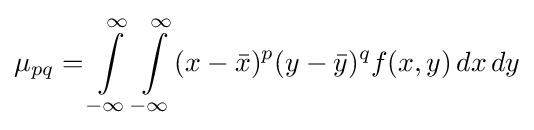
\mu _{pq}=\int \limits _{-\infty }^{\infty }\int \limits _{-\infty }^{\infty }(x-{\bar {x}})^{p}(y-{\bar {y}})^{q}f(x,y)\,dx\,dy